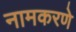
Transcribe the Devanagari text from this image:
नामकरणे